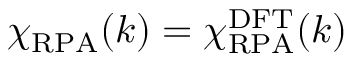
\chi _ { \mathrm { R P A } } ( k ) = \chi _ { \mathrm { R P A } } ^ { \mathrm { D F T } } ( k )